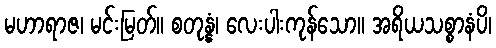
မဟာရာဇ၊ မင်းမြတ်။ စတုန္နံ၊ လေးပါးကုန်သော။ အရိယသစ္စာနံပိ၊